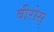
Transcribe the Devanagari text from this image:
वीरोस्